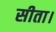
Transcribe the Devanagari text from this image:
सीता।